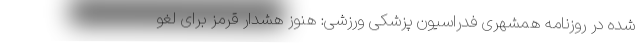
شده در روزنامه همشهری فدراسیون پزشکی ورزشی: هنوز هشدار قرمز برای لغو